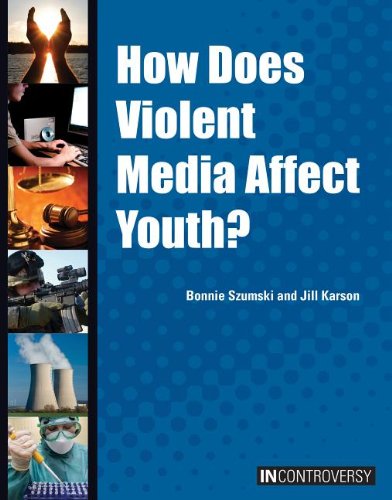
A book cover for How Does Violent Media Affect Youth? (In Controversy); Bonnie Szumski; Teen & Young Adult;